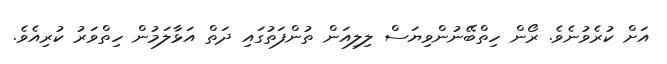
އަށް ކުރެވުނެވެ. ރޯން ހިތްބޭނުންވިޔަސް ލިލިއަން ތުންފަތުގައި ދަތް އަޅާލަމުން ހިތްވަރު ކުރިއެވެ.